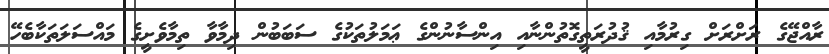
ރާއްޖޭގެ ރަށްރަށް ގިރުމާއި ޤުދުރަތީގޮތުންނާއި އިންސާނުންގެ ޢަމަލުތަކުގެ ސަބަބުން ދިމާވާ ތިމާވެށީގެ މައްސަލަތަކާބެހޭ